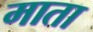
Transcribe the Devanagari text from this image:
माता